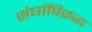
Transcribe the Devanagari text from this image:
संघांविरूद्ध